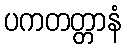
ပကတတ္တာနံ